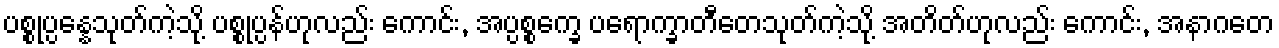
ပစ္စုပ္ပန္နေသုတ်ကဲ့သို့ ပစ္စုပ္ပန်ဟုလည်း ကောင်း, အပ္ပစ္စက္ခေ ပရောက္ခာတီတေသုတ်ကဲ့သို့ အတိတ်ဟုလည်း ကောင်း, အနာဂတေ